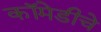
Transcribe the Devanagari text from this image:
कॉमेडीचे